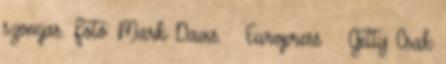
szomjas. Fotó: Mark Davis Europress Getty Csak